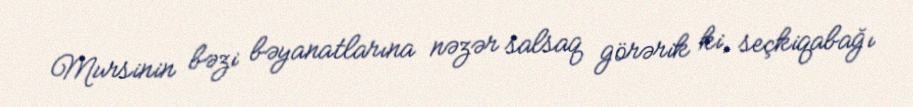
Mursinin bəzi bəyanatlarına nəzər salsaq görərik ki, seçkiqabağı